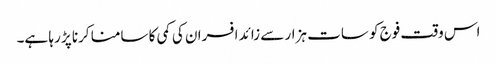
اس وقت فوج کو سات ہزار سے زائد افسران کی کمی کا سامنا کرنا پڑ رہا ہے۔